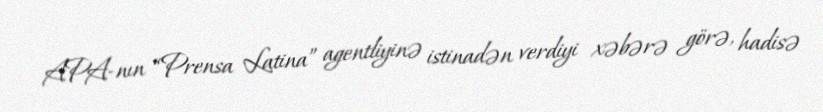
APA-nın “Prensa Latina” agentliyinə istinadən verdiyi xəbərə görə, hadisə